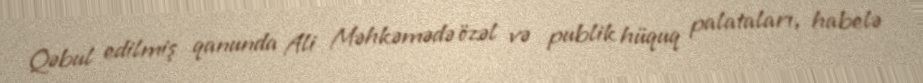
Qəbul edilmiş qanunda Ali Məhkəmədə özəl və publik hüquq palataları, habelə